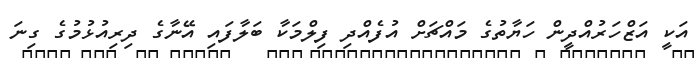
އަކީ އަޒްހަރުއްދީން ހަޔާތުގެ މައްޗަށް އުފެއްދި ފިލްމަކާ ބަލާފައި އޭނާގެ ދިރިއުޅުމުގެ ގިނަ